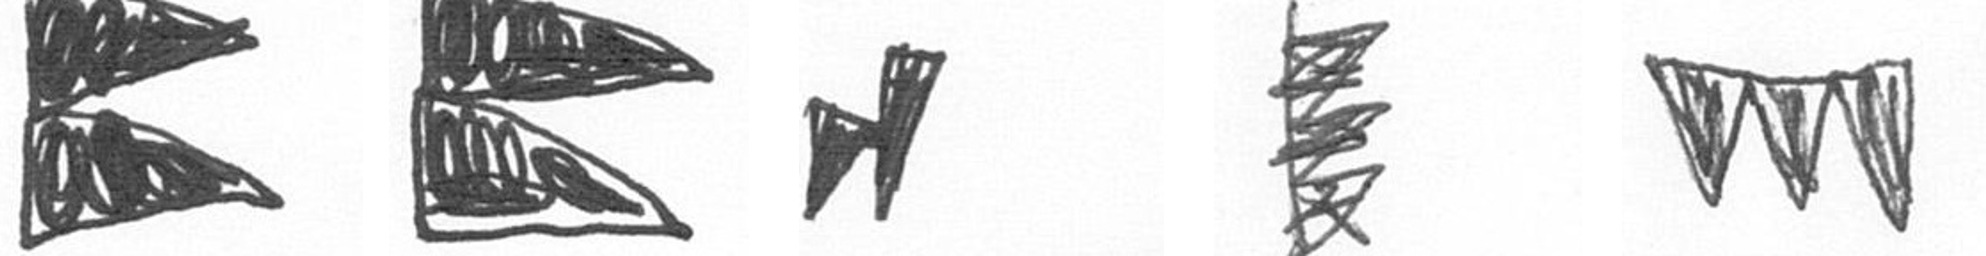
P P M H L